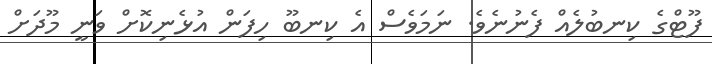
ފޫޓްގެ ކިނބުލެއް ފެނުނެވެ. ނަމަވެސް އެ ކިނބޫ ހިފަން އުޅެނިކޮށް ވަނީ މޫދަށް